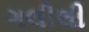
ગલીલી